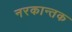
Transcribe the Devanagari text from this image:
नरकान्तक